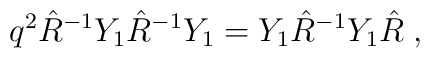
q^{2} \hat{R}^{-1} Y_{1} \hat{R}^{-1} Y_{1}                                = Y_{1} \hat{R}^{-1} Y_{1} \hat{R}\;,